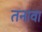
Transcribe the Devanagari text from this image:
तनावा